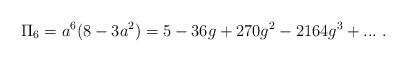
LaTeX: \begin{align*}\Pi _6=a^6(8-3a^2)=5-36g+270g^2-2164g^3+...~.\end{align*}